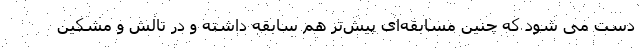
دست می شود که چنین مسابقه‌ای پیش‌تر هم سابقه داشته و در تالش و مشکین